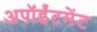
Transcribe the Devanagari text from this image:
अपॉईंटमेंट